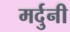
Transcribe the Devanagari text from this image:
मर्दुनी